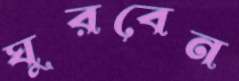
ঘুরবেন